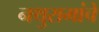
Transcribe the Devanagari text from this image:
नथुरामांचे